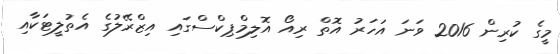
މީގެ ކުރިން 2016 ވަނަ އަހަރު އޮތް ރިއޯ އޮލިމްޕިކްސްގައި އިޒްރޭލުގެ އެތުލީޓަކާއި